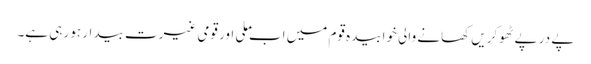
پے در پے ٹھوکریں کھانے والی خوابیدہ قوم میں اب ملی اور قومی غیرت بیدار ہو رہی ہے۔